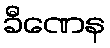
ခီဏေန